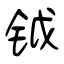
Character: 钺